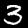
Label: 3